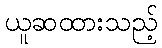
ယူဆထားသည့်